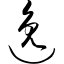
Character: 逸